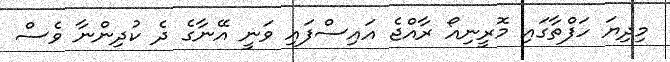
މިދިޔަ ހަފްތާގައި މޮރީނިއޯ ރާއްޖެ އައިސްފައި ވަނީ އޭނާގެ ދެ ކުދިންނާ ވެސް